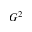
G ^ { 2 }